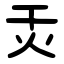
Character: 㶣